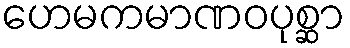
ဟေမကမာဏဝပုစ္ဆာ